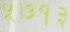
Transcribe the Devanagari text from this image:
५७१३